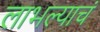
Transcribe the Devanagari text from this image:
लाभल्याचं